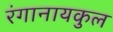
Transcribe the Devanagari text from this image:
रंगानायकुल